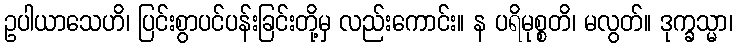
ဥပါယာသေဟိ၊ ပြင်းစွာပင်ပန်းခြင်းတို့မှ လည်းကောင်း။ န ပရိမုစ္စတိ၊ မလွတ်။ ဒုက္ခသ္မာ၊